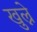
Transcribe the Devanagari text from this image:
खुल्ने